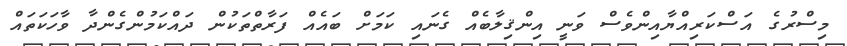
މިސްރުގެ އަސްކަރިއްޔާއިންވެސް ވަނީ އިންޤިލާބެއް ގެނައި ކަމަށް ބައެއް ފަރާތްތަކުން ދައްކަމުންގެންދާ ވާހަކަތައް